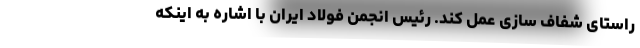
راستای شفاف سازی عمل کند. رئیس انجمن فولاد ایران با اشاره به اینکه